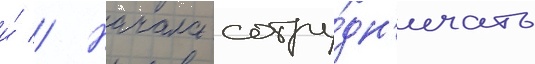
и́ // Начала сотру́дн'ичать